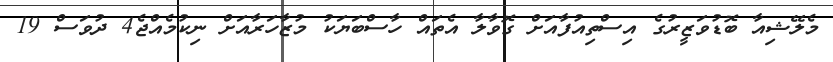
މެލޭޝިއާ ބޮޑުވަޒީރުގެ އިސްތިއުފާއަށް ގޮވާލާ އެތައް ހާސްބަޔަކު މުޒާހަރާއަށް ނިކުމެއްޖެ4 ދުވަސް 19